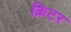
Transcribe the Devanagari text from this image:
क्रिटर